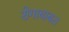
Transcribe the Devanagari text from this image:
रोगाबाबत